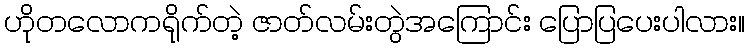
ဟိုတလောကရိုက်တဲ့ ဇာတ်လမ်းတွဲအကြောင်း ပြောပြပေးပါလား။